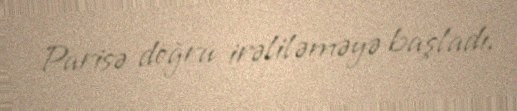
Parisə doğru irəliləməyə başladı.